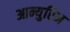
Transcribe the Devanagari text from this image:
आन्युरिन